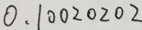
0 . 1 0 0 2 0 2 0 2